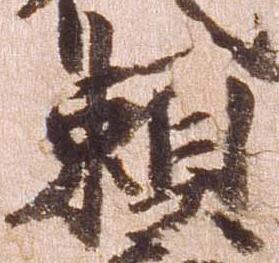
頼